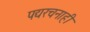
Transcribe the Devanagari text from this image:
पद्यरचनाही